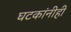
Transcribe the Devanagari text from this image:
घटकांनीही